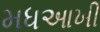
મધઆખી